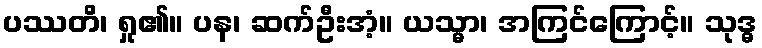
ပဿတိ၊ ရှု၏။ ပန၊ ဆက်ဦးအံ့။ ယသ္မာ၊ အကြင်ကြောင့်။ သုဒ္ဓ